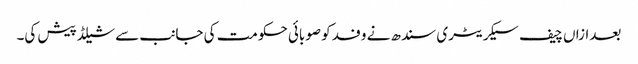
بعدازاں چیف سیکریٹری سندھ نے وفد کو صوبائی حکومت کی جانب سے شیلڈ پیش کی۔